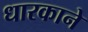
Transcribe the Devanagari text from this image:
धारकाने